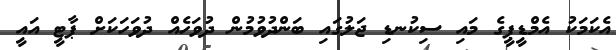
އެކަމަކު އެމްޑީޕީގެ މައި ސިކުނޑި ޖަލުގައި ބަންދުވުމުން ދުވަހެއް ދުވަހަކަށް ޕާޓީ އައީ